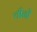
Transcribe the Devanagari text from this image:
चीनों